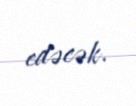
edəcək.